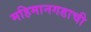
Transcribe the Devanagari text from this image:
महिमानगडाची